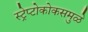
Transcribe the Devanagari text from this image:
स्ट्रेप्टोकोकसमुळे